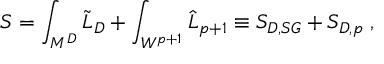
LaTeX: S = \int _ { M ^ { D } } \tilde { { \cal L } } _ { D } + \int _ { W ^ { p + 1 } } \hat { { \cal L } } _ { p + 1 } \equiv S _ { D , S G } + S _ { D , p } \; , \qquad